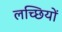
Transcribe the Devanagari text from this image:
लच्छियों